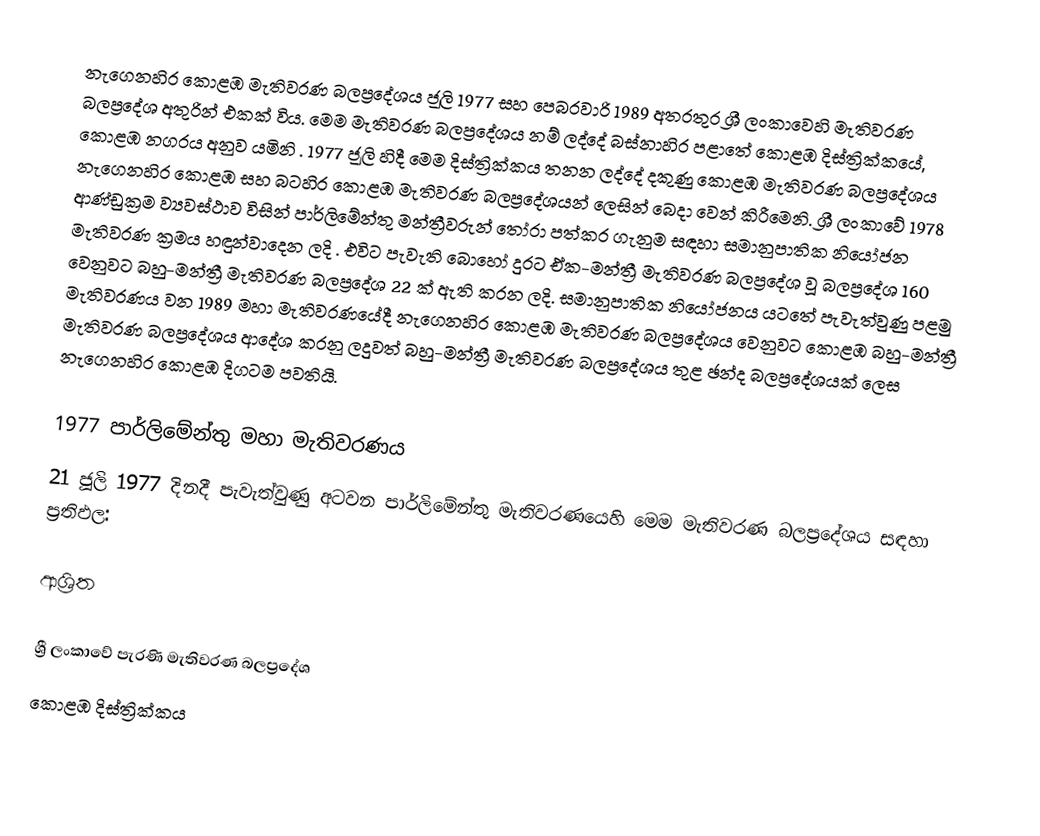
නැගෙනහිර කොළඹ මැතිවරණ බලප්‍රදේශය  ජූලි  1977 සහ පෙබරවාරි 1989 අතරතුර  ශ්‍රී ලංකාවෙහි  මැතිවරණ බලප්‍රදේශ අතුරින් එකක් විය. මෙම මැතිවරණ බලප්‍රදේශය නම් ලද්දේ  බස්නාහිර පළාතේ  කොළඹ දිස්ත්‍රික්කයේ,  කොළඹ නගරය අනුව යමිනි . 1977 ජූලි හිදී මෙම දිස්ත්‍රික්කය තනන ලද්දේ දකුණු කොළඹ මැතිවරණ බලප්‍රදේශය නැගෙනහිර කොළඹ සහ බටහිර කොළඹ මැතිවරණ බලප්‍රදේශයන් ලෙසින් බෙදා වෙන් කිරීමෙනි. ශ්‍රී ලංකාවේ 1978 ආණ්ඩුක්‍රම ව්‍යවස්ථාව විසින්   පාර්ලිමේන්තු මන්ත්‍රීවරුන් තෝරා පත්කර ගැනුම සඳහා සමානුපාතික නියෝජන මැතිවරණ ක්‍රමය හඳුන්වාදෙන ලදි . එවිට පැවැති බොහෝ දුරට  ඒක-මන්ත්‍රී මැතිවරණ බලප්‍රදේශ වූ බලප්‍රදේශ 160 වෙනුවට බහු-මන්ත්‍රී මැතිවරණ බලප්‍රදේශ 22 ක් ඇති කරන ලදි. සමානුපාතික නියෝජනය යටතේ පැවැත්වුණු පළමු මැතිවරණය වන 1989 මහා මැතිවරණයේදී  නැගෙනහිර කොළඹ මැතිවරණ බලප්‍රදේශය වෙනුවට  කොළඹ බහු-මන්ත්‍රී මැතිවරණ බලප්‍රදේශය  ආදේශ කරනු ලදුවත් බහු-මන්ත්‍රී මැතිවරණ බලප්‍රදේශය තුළ ඡන්ද බලප්‍රදේශයක් ලෙස නැගෙනහිර කොළඹ දිගටම පවතියි.

1977 පාර්ලිමේන්තු මහා මැතිවරණය
21 ජූලි 1977 දිනදී පැවැත්වුණු  අටවන පාර්ලිමේන්තු මැතිවරණයෙහි මෙම මැතිවරණ බලප්‍රදේශය සඳහා ප්‍රතිඵල:

ආශ්‍රිත

ශ්‍රී ලංකාවේ පැරණි මැතිවරණ බලප්‍රදේශ
 කොළඹ දිස්ත්‍රික්කය